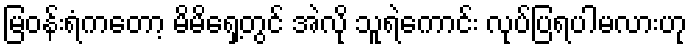
မြဝန်းရံကတော့ မိမိရှေ့တွင် အဲလို သူရဲကောင်း လုပ်ပြရပါမလားဟု